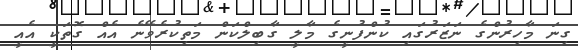
ގިނަ މާހިރުންގެ ނަޒަރުގައި ކުންފުނީގެ މާލީ ގާބިލްކަން މަތިކުރެވޭނެ އެއް ގޮތަކީ އެއީ